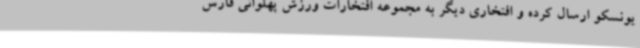
یونسکو ارسال کرده و افتخاری دیگر به مجموعه افتخارات ورزش پهلوانی فارس